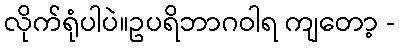
လိုက်ရုံပါပဲ။ဥပရိဘာဂဝါရ ကျတော့ -